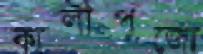
কালীপুজো